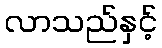
လာသည်နှင့်